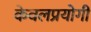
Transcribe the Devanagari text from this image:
केवलप्रयोगी